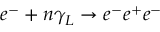
e ^ { - } + n \gamma _ { L } \rightarrow e ^ { - } e ^ { + } e ^ { - }